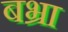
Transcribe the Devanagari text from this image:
बभ्रा